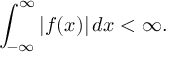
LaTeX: \int _ { - \infty } ^ { \infty } | f ( x ) | \, d x < \infty .